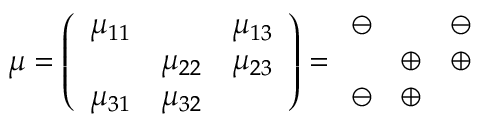
\mu = \left( \begin{array} { c c c } { { \mu _ { 1 1 } } } & { { } } & { { \mu _ { 1 3 } } } \\ { { } } & { { \mu _ { 2 2 } } } & { { \mu _ { 2 3 } } } \\ { { \mu _ { 3 1 } } } & { { \mu _ { 3 2 } } } & { { } } \end{array} \right) = \begin{array} { c c c } { { \ominus } } & { { } } & { { \ominus } } \\ { { } } & { { \oplus } } & { { \oplus } } \\ { { \ominus } } & { { \oplus } } & { { } } \end{array}